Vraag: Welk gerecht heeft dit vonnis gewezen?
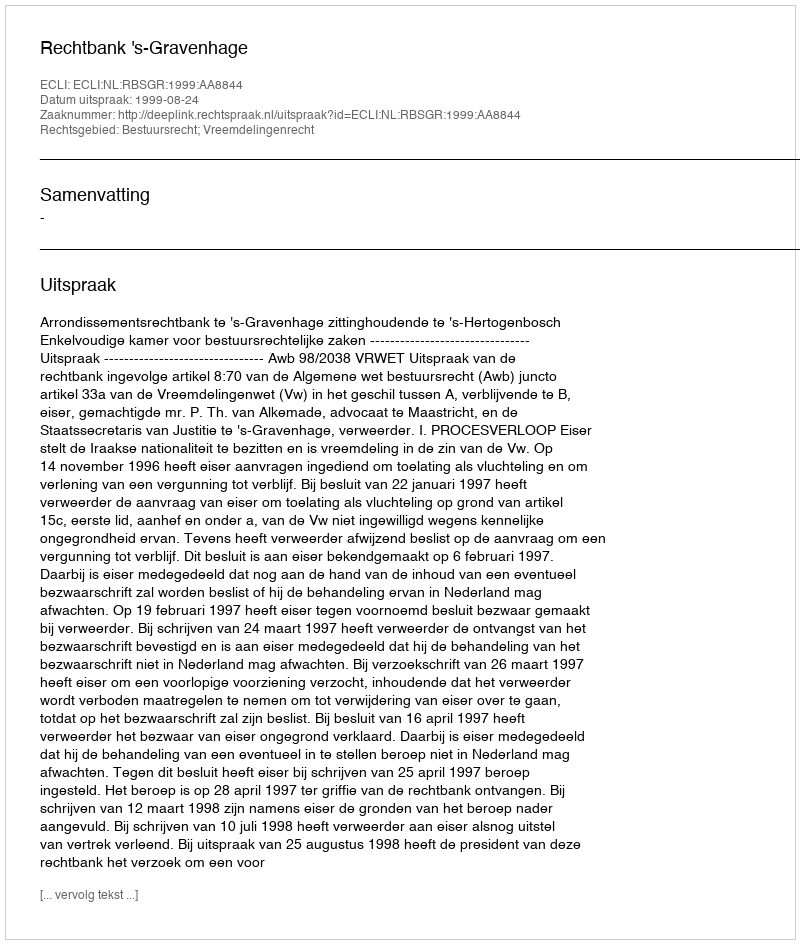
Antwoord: Rechtbank 's-Gravenhage